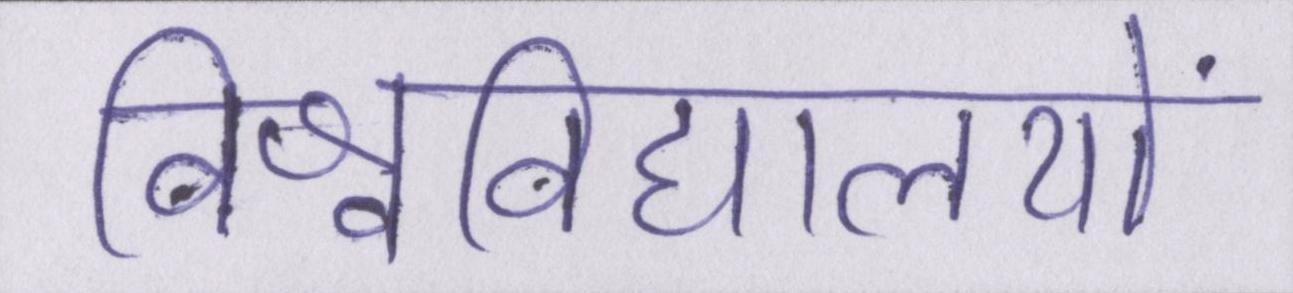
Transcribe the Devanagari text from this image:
विश्वविद्यालयों